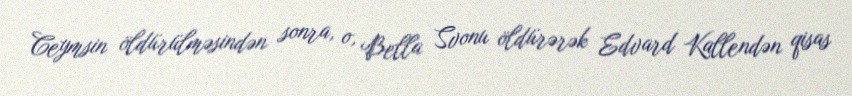
Ceymsin öldürülməsindən sonra, o, Bella Svonu öldürərək Edvard Kallendən qisas